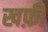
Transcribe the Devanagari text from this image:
खफ़ी